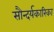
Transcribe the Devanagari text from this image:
सौन्दर्यकारिका